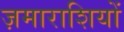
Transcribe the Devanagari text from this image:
ज़माराशियों